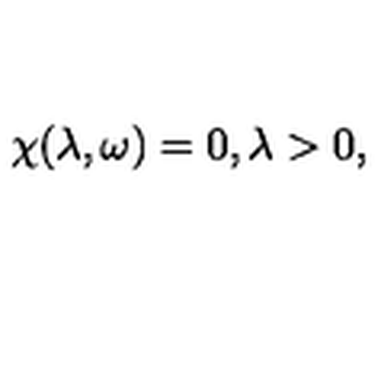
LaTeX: \chi ( \lambda , \omega ) = 0 , \lambda > 0 ,